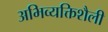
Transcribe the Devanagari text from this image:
अभिव्यक्तिशैली